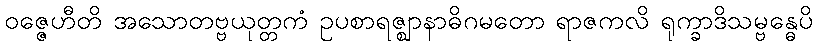
ဝဇ္ဇေဟီတိ အသောတဗ္ဗယုတ္တကံ ဥပစာရဇ္ဈာနာဓိဂမတော ရာဇကလိ ရုက္ခာဒိသမ္ဗန္ဓေပိ